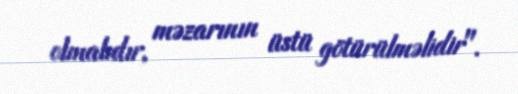
olmalıdır, məzarının üstü götürülməlidir".